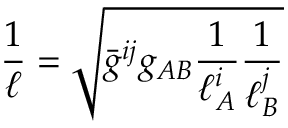
\frac { 1 } { \ell } = \sqrt { \bar { g } ^ { i j } g _ { A B } \frac { 1 } { \ell _ { A } ^ { i } } \frac { 1 } { \ell _ { B } ^ { j } } }